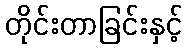
တိုင်းတာခြင်းနှင့်